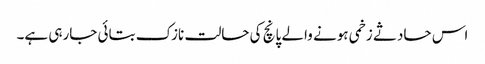
اس حادثے زخمی ہونے والے پانچ کی حالت نازک بتائی جارہی ہے۔